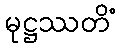
မုဋ္ဌဿတိံ